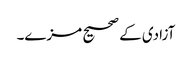
آزادی کے صحیح مزے۔